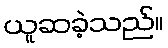
ယူဆခဲ့သည်။